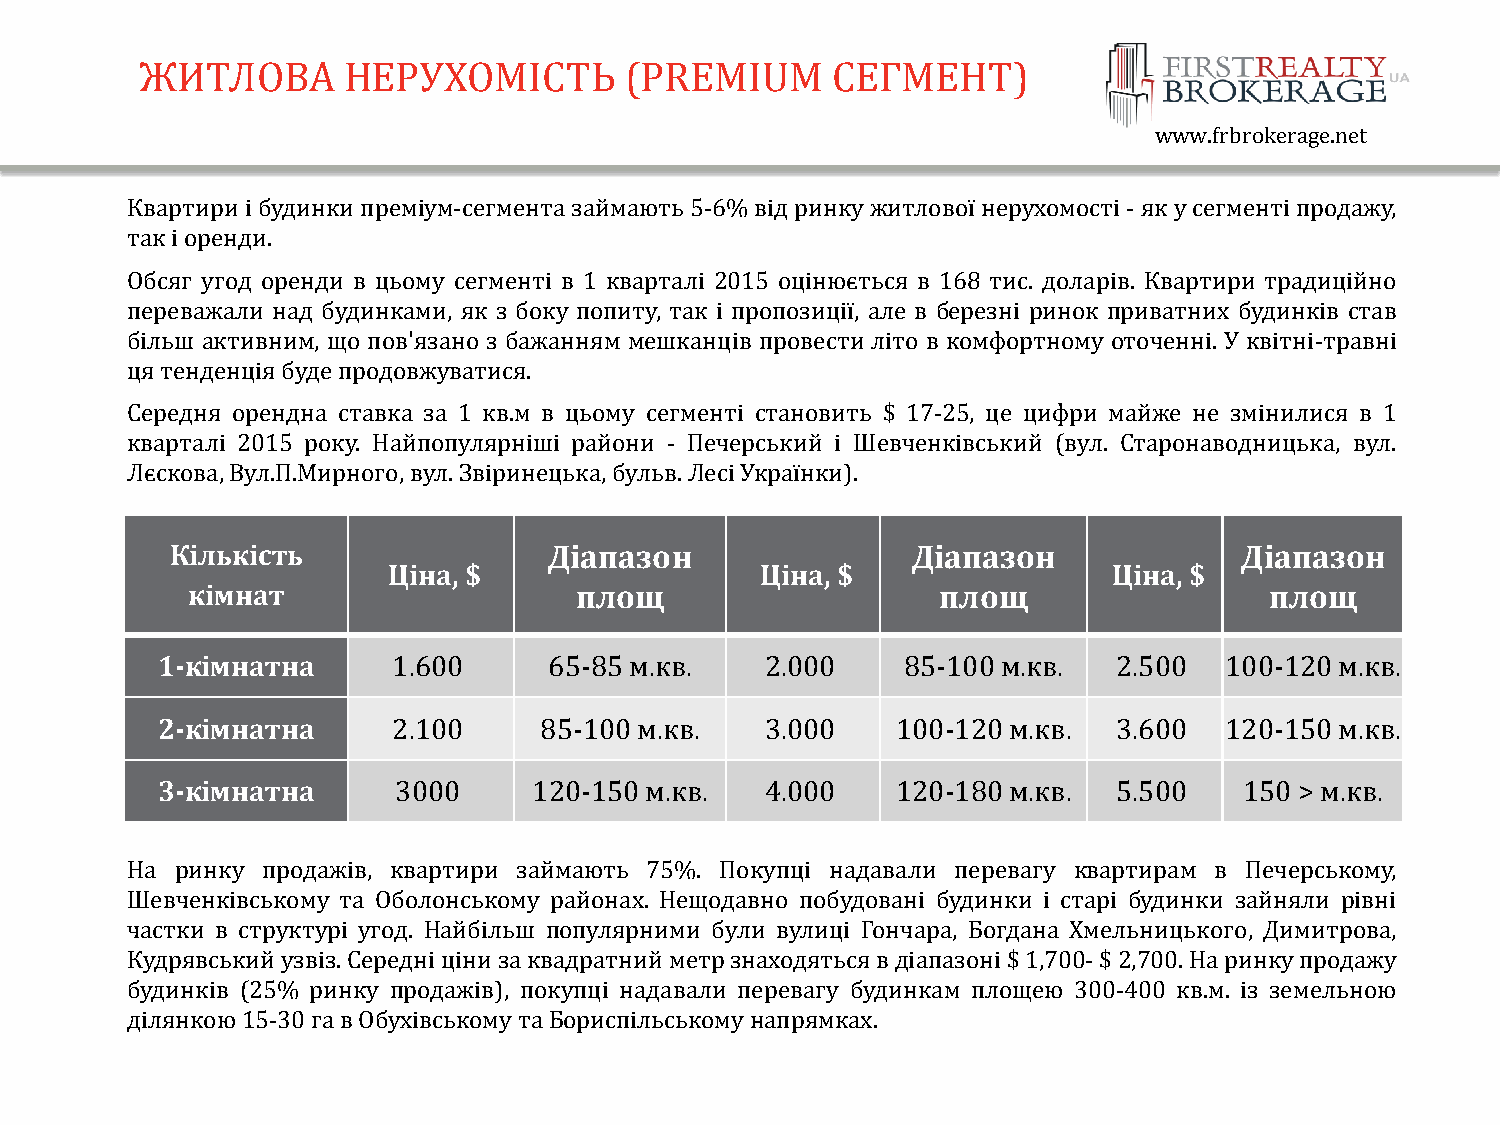
ЖИТЛОВА       НЕРУХОМІСТЬ       (PREMIUM      СЕГМЕНТ)
 www.frbrokerage.net
 Квартири і будинки преміум-сегмента займають 5-6% від ринку житлової нерухомості - як у сегменті продажу,
 так і оренди.
 Обсяг угод оренди в цьому сегменті в 1 кварталі 2015 оцінюється в 168 тис. доларів. Квартири традиційно
 переважали над будинками, як з боку попиту, так і пропозиції, але в березні ринок приватних будинків став
 більш активним, що пов'язано з бажанням мешканців провести літо в комфортному оточенні. У квітні-травні
 ця тенденція буде продовжуватися.
 Середня орендна ставка за 1 кв.м в цьому сегменті становить $ 17-25, це цифри майже не змінилися в 1
 кварталі 2015 року. Найпопулярніші райони - Печерський і Шевченківський (вул. Старонаводницька, вул.
 Лєскова, Вул.П.Мирного, вул. Звіринецька, бульв. Лесі Українки).
 Кількість                Діапазон                Діапазон              Діапазон
 Ціна, $                 Ціна, $                 Ціна, $
 кімнат                    площ                    площ                  площ
 1-кімнатна      1.600     65-85 м.кв.    2.000    85-100 м.кв.  2.500  100-120 м.кв.
 2-кімнатна      2.100     85-100 м.кв.   3.000   100-120 м.кв.  3.600  120-150 м.кв.
 3-кімнатна      3000     120-150 м.кв.   4.000   120-180 м.кв.  5.500   150 > м.кв.
 На  ринку продажів, квартири займають 75%. Покупці надавали перевагу квартирам в Печерському,
 Шевченківському та Оболонському районах. Нещодавно побудовані будинки і старі будинки зайняли рівні
 частки в структурі угод. Найбільш популярними були вулиці Гончара, Богдана Хмельницького, Димитрова,
 Кудрявський узвіз. Середні ціни за квадратний метр знаходяться в діапазоні $ 1,700- $ 2,700. На ринку продажу
 будинків (25% ринку продажів), покупці надавали перевагу будинкам площею 300-400 кв.м. із земельною
 ділянкою 15-30 га в Обухівському та Бориспільському напрямках.